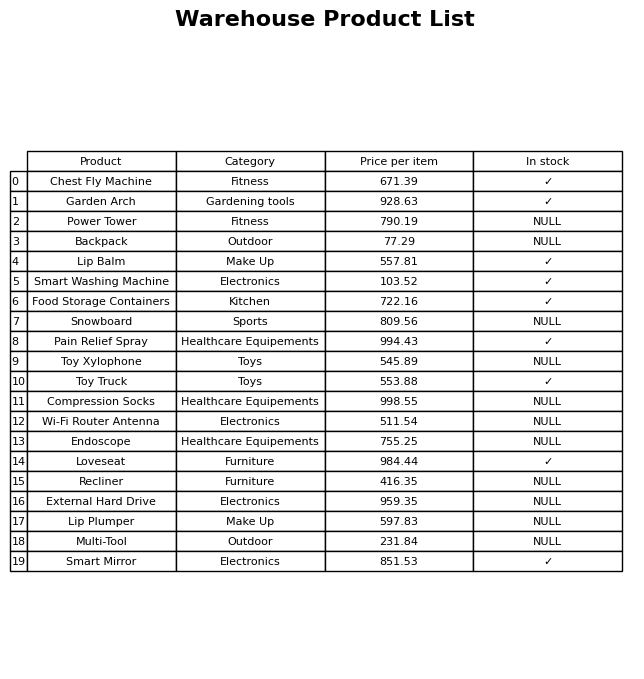
question: What is the price for Smart Mirror?
answer: The price of Smart Mirror is 851.53.